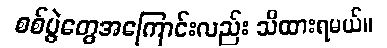
စစ်ပွဲတွေအကြောင်းလည်း သိထားရမယ်။